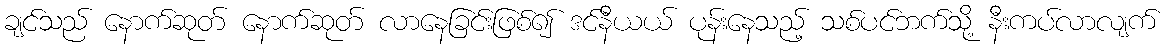
ချင်သည် နောက်ဆုတ် နောက်ဆုတ် လာနေခြင်းဖြစ်၍ ဒင်နီယယ် ပုန်းနေသည့် သစ်ပင်ဘက်သို့ နီးကပ်လာလျက်